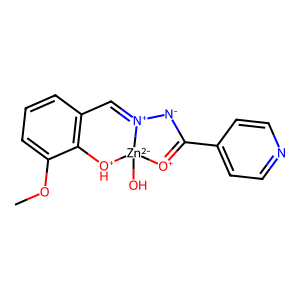
SMILES: COc1cccc2c1[OH+][Zn-2]1(O)[O+]=C(c3ccncc3)[N-][N+]1=C2
Inhibits HIV replication: No